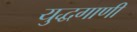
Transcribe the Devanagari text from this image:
युद्धगाणी